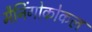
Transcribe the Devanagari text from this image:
मैनिंगोकोकल